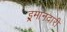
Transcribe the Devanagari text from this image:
इ्रमानदारी